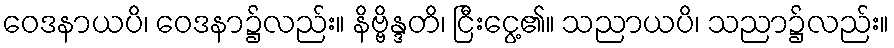
ဝေဒနာယပိ၊ ဝေဒနာ၌လည်း။ နိဗ္ဗိန္ဒတိ၊ ငြီးငွေ့၏။ သညာယပိ၊ သညာ၌လည်း။